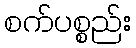
စက်ပစ္စည်း